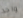
واحد